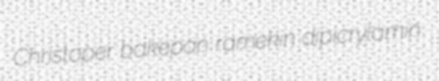
Christoper bakepan ramekin dipicrylamin